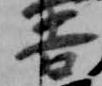
吉